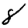
Digit: 8